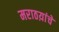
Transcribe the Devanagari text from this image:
मराठय़ांचे